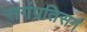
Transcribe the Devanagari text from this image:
सर्गप्रतिसर्ग